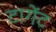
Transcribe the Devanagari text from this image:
टागेंट